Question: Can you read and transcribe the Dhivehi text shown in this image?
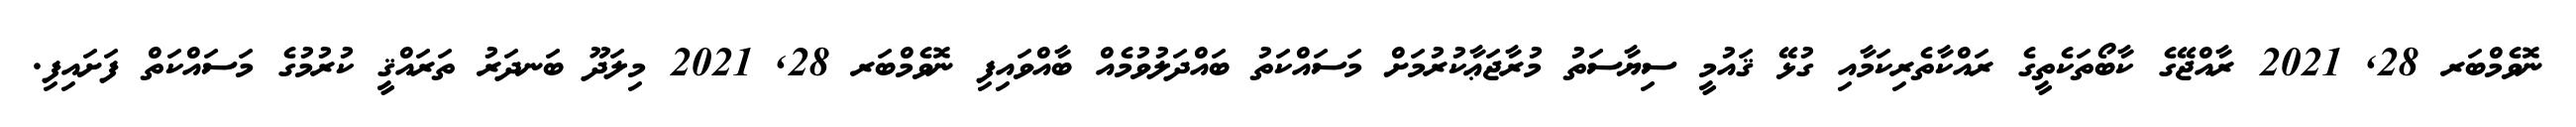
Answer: ނޮވެމްބަރ 28, 2021 ރާއްޖޭގެ ކާބޯތަކެތީގެ ރައްކާތެރިކަމާއި ގުޅޭ ޤައުމީ ސިޔާސަތު މުރާޖަޢާކުރުމަށް މަސައްކަތު ބައްދަލުވުމެއް ބާއްވައިފި ނޮވެމްބަރ 28, 2021 މިލަދޫ ބަނދަރު ތަރައްޤީ ކުރުމުގެ މަސައްކަތް ފަށައިފި.